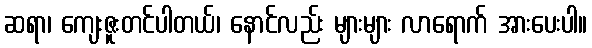
ဆရာ၊ ကျေးဇူးတင်ပါတယ်၊ နောင်လည်း များများ လာရောက် အားပေးပါ။